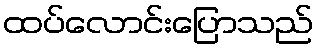
ထပ်လောင်းပြောသည်